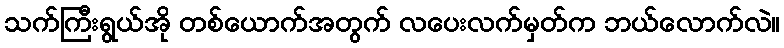
သက်ကြီးရွယ်အို တစ်ယောက်အတွက် လပေးလက်မှတ်က ဘယ်လောက်လဲ။